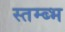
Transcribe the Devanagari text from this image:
स्तम्ब्भ